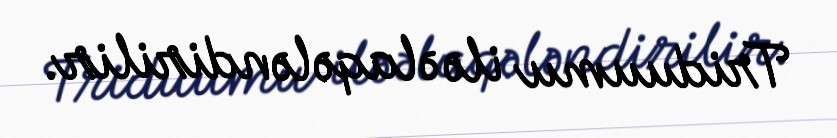
Triduumu ilə əlaqələndirilir.